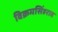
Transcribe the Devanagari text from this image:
विक्रमसिंहराव